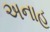
અનાહ